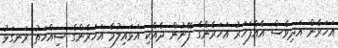
އަހަރެން އަދިވެސް އެއްފަހަރު އަހަރެންގެ ފޭނުން ދެއްކި އަޅައިލުމާ އަހަރެންގެ ސިއްހަތު ރަނގަޅު